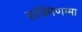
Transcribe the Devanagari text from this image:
रुक्मिणम्मा